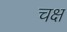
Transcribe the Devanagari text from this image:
चक्ष